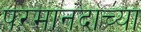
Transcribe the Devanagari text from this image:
परमानंदाच्या